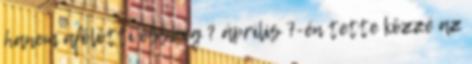
hanem afölötti összeg ? április 7-én tette közzé az